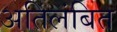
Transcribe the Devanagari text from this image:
अतिलंबित